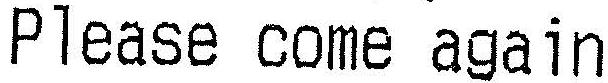
PLEASE COME AGAIN